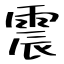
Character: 震